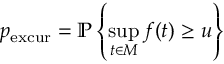
p _ { \mathrm { e x c u r } } = \mathbb { P } \left\{ \operatorname* { s u p } _ { t \in M } f ( t ) \geq u \right\}